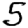
Digit: 5